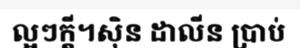
ល្អៗក្តី។ស៊ិន ដាលីន ប្រាប់